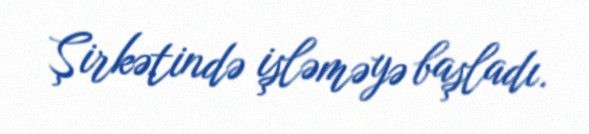
Şirkətində işləməyə başladı.